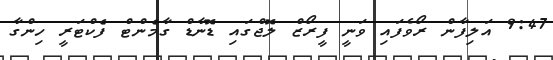
9:47 އަލިފާން ރޯވެފައި ވަނީ ފީރޯޒް ލޮޖްގައި ޑޮނާޑް ގާމެންޓް ފެކްޓަރީ ހިންގާ